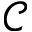
\mathcal { C }